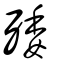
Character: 𣨙